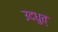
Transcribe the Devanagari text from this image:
उदधुत्